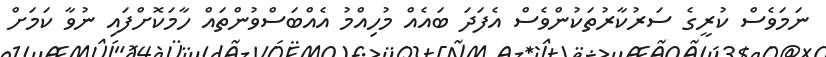
ނަމަވެސް ކުރީގެ ސަރުކާރުތަކުންވެސް އެފަދަ ބައެއް މުހިއްމު އެއްބަސްވުންތައް ހާމަކޮށްފައި ނުވާ ކަމަށް